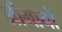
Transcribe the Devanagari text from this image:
श्रीमानों